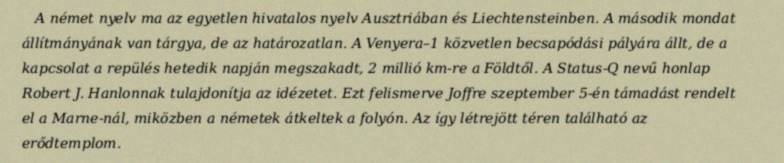
A német nyelv ma az egyetlen hivatalos nyelv Ausztriában és Liechtensteinben. A második mondat állítmányának van tárgya, de az határozatlan. A Venyera–1 közvetlen becsapódási pályára állt, de a kapcsolat a repülés hetedik napján megszakadt, 2 millió km-re a Földtől. A Status-Q nevű honlap Robert J. Hanlonnak tulajdonítja az idézetet. Ezt felismerve Joffre szeptember 5-én támadást rendelt el a Marne-nál, miközben a németek átkeltek a folyón. Az így létrejött téren található az erődtemplom.